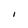
Character: I